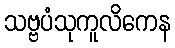
သဗ္ဗပံသုကူလိကေန